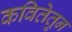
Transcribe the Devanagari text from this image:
कवितेतुन